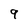
Character: 9